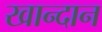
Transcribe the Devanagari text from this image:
खान्दान